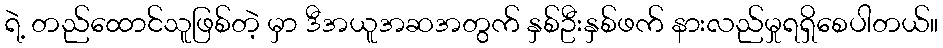
ရဲ့ တည်ထောင်သူဖြစ်တဲ့ မှာ ဒီအယူအဆအတွက် နှစ်ဦးနှစ်ဖက် နားလည်မှုရရှိစေပါတယ်။